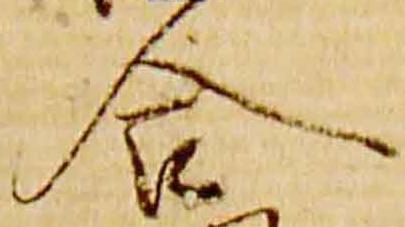
合